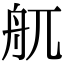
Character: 䑢